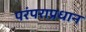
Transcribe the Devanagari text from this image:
परंपराप्रधान